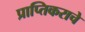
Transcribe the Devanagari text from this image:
प्राप्‍तिकराचे